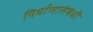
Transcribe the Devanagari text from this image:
निर्माणासंबंधी